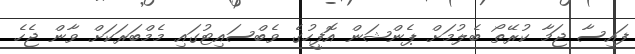
ފައިސާ ޖަމާ ކުރޭތޯ ބެލުމަށް ޕެންޝަން އޮފީހުގެ ވެބްސައިޓުގައި މެމްބަރަކަށް ވާން ޖެހެ